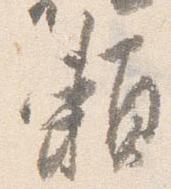
頼